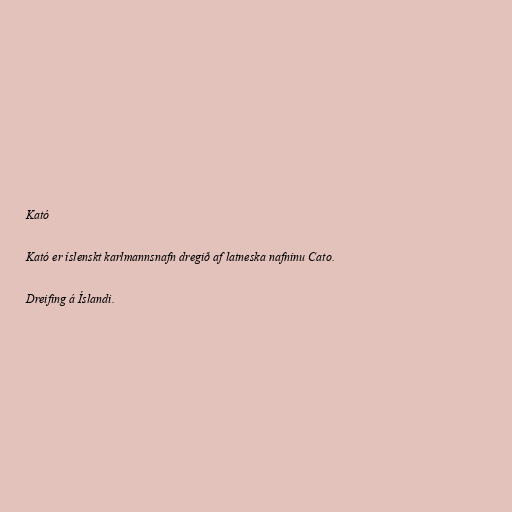
Kató

Kató er íslenskt karlmannsnafn dregið af latneska nafninu Cato.

Dreifing á Íslandi.